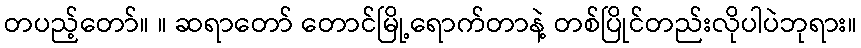
တပည့်တော်။ ။ ဆရာတော် တောင်မြို့ရောက်တာနဲ့ တစ်ပြိုင်တည်းလိုပါပဲဘုရား။